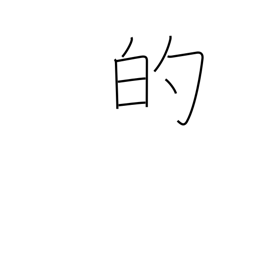
Meaning: adjective ending